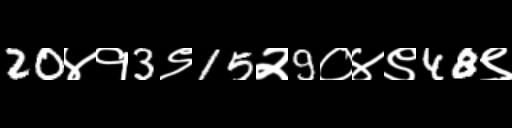
Text: 20४१3९15२9०४९48९